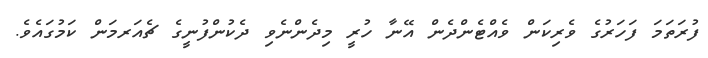
ފުރަތަމަ ފަހަރުގެ ވެރިކަން ވެއްޓެންދެން އޭނާ ހުރީ މިދެންނެވި ދެކުންފުނީގެ ޗެއަރމަން ކަމުގައެވެ.